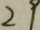
2 9